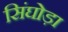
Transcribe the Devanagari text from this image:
सिंघोड़ा